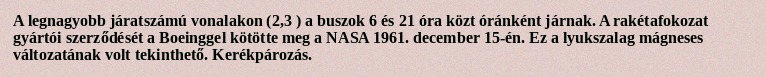
A legnagyobb járatszámú vonalakon (2,3 ) a buszok 6 és 21 óra közt óránként járnak. A rakétafokozat gyártói szerződését a Boeinggel kötötte meg a NASA 1961. december 15-én. Ez a lyukszalag mágneses változatának volt tekinthető. Kerékpározás.